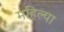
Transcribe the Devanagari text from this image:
महिल्या